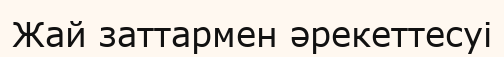
Жай заттармен әрекеттесуі